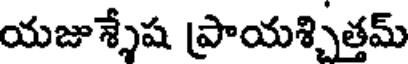
యజుశ్శేష ప్రాయశ్చిత్తమ్